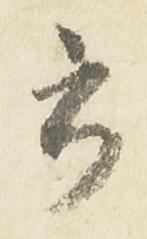
書